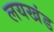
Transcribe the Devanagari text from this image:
लयखंड